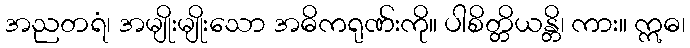
အညတရံ၊ အမျိုးမျိုးသော အဓိကရုဏ်းကို။ ပါစိတ္တိယန္တိ၊ ကား။ ဣဓ၊